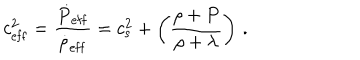
c _ { \mathrm { e f f } } ^ { 2 } = { \frac { \dot { P } _ { \mathrm { e f f } } } { \dot { \rho } _ { \mathrm { e f f } } } } = c _ { \mathrm { s } } ^ { 2 } + \left( { \frac { \rho + P } { \rho + \lambda } } \right) \, .